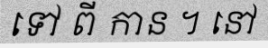
ទៅ ពី កាន ។ នៅ